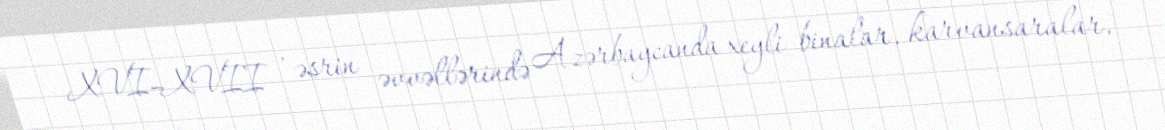
XVI–XVII , əsrin əvvəllərində Azərbaycanda xeyli binalar, karvansaralar,